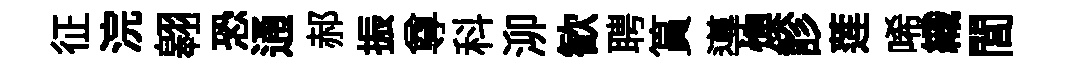
征浣翱恐通郝振尊科泖歓聘篔導燠診莲唏織閭